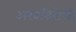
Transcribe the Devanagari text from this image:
अरबविरोधी